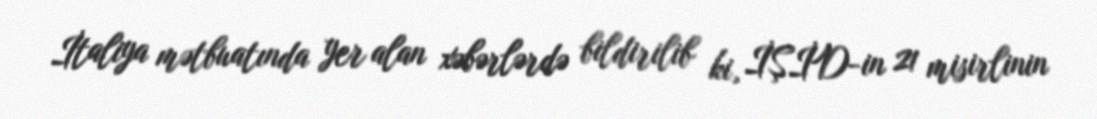
İtaliya mətbuatında yer alan xəbərlərdə bildirilib ki, İŞİD-in 21 misirlinin